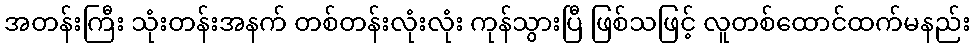
အတန်းကြီး သုံးတန်းအနက် တစ်တန်းလုံးလုံး ကုန်သွားပြီ ဖြစ်သဖြင့် လူတစ်ထောင်ထက်မနည်း